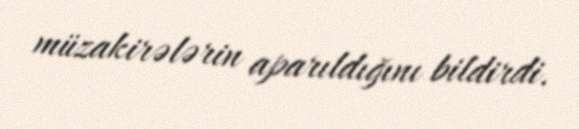
müzakirələrin aparıldığını bildirdi.